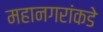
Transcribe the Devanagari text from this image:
महानगरांकडे